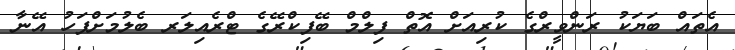
އެތައް ބަޔަކު ރަންވީރްގެ ކުރިއަށް އޮތް ފިލްމް ބޭފިކްރޭގެ ޓްރެއިލަރ ބެލުމަށްފަހު އޭނާ